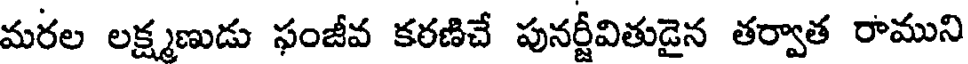
మరల లక్ష్మణుడు ఫంజీవ కరణిచే పునర్జీవితుడైన తర్వాత రాముని